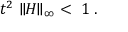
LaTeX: t ^ { 2 } \parallel \! \! H \! \! \parallel _ { \infty } \; < \; 1 \; .